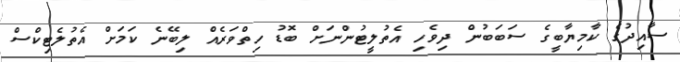
ސާއިދުގެ ކާމިޔާބީގެ ސަބަބުން ދިވެހި އެތުލީޓުންނަށް ބޮޑު ހިތްވަރެއް ލިބޭނެ ކަމަށް އެތުލެޓިކްސް